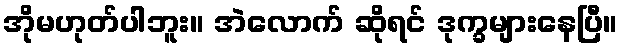
အိုမဟုတ်ပါဘူး။ အဲလောက် ဆိုရင် ဒုက္ခများနေပြီ။